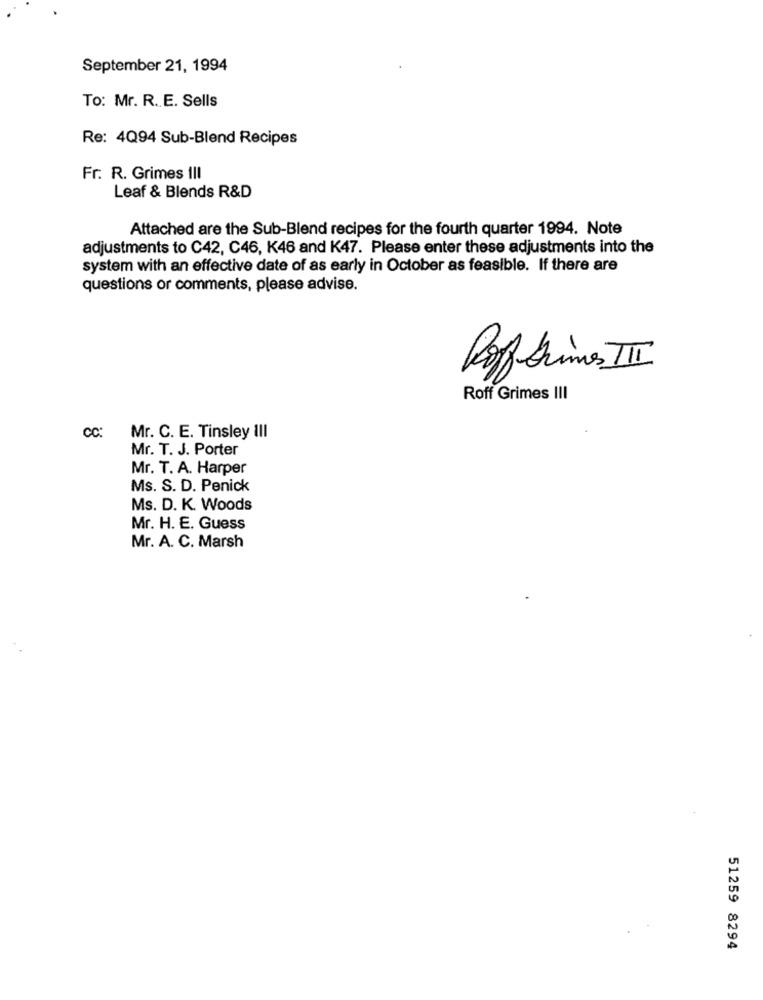
September 21, 1994
To: Mr. R. E. Sells
Re: 4Q94 Sub-Blend Recipes
Fr. R. Grimes III
Leaf & Blends R&D
Attached are the Sub-Blend recipes for the fourth quarter 1994. Note
adjustments to C42, C46, K46 and K47. Please enter these adjustments into the
system with an effective date of as early in October as feasible. If there are
questions or comments, please advise.
Roff Grimes III
Roff Grimes III
CC:
Mr. C. E. Tinsley III
Mr. T. J. Porter
Mr. T. A. Harper
Ms. S. D. Penick
Ms. D. K. Woods
Mr. H. E. Guess
Mr. A. C. Marsh
51259 8294